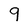
Character: 9